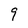
Character: 9